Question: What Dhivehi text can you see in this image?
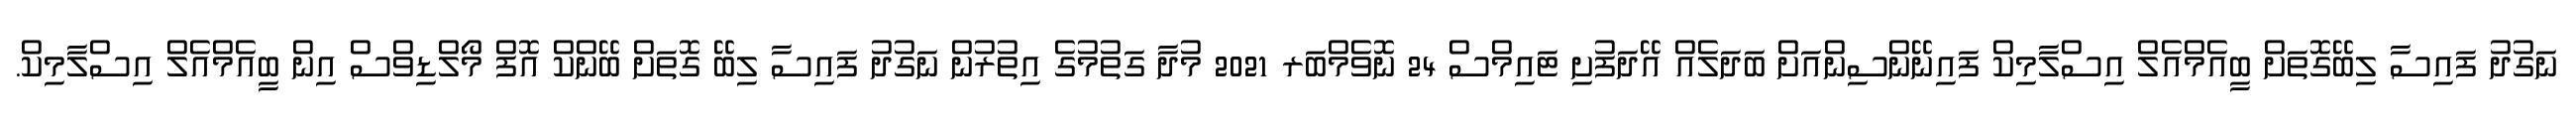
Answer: ނަގުދު ފައިސާ ލިބޭގޮތަށް ބީއެމްއެލް އިސްލާމިކް ފައިނޭންސިންއަށް ބަދަލެއް އޭދަފުށި ޓައިމްސް 24 ނޮވެމްބަރ 2021 މުދާ ގަތުމުގެ އިތުރުން ނަގުދު ފައިސާ ލިބޭ ގޮތަށް ބޭންކް އޮފް މޯލްޑިވްސް އިން ބީއެމްއެލް އިސްލާމިކް.